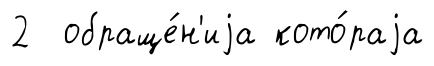
2 обраще́н'иjа кото́раjа